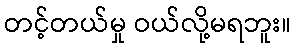
တင့်တယ်မှု ဝယ်လို့မရဘူး။